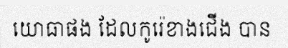
យោធាផង ដែលកូរ៉េខាងជើង បាន